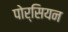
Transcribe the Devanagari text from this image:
पोर्सियन